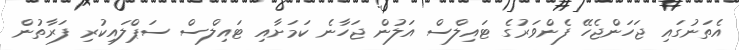
އެތަނުގައި ޖަހަންޖެހޭ ފެންވަރުގެ ޓައިލްސް އަލުން ޖަހާނެ ކަމަށާއި ޓައިލްސް ސަޕްލައިކުރި ފަރާތުން